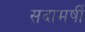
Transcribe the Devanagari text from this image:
सदामर्षी